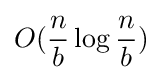
O({n \over b}\log {n \over b})